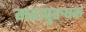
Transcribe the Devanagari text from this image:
महापुरुषक